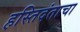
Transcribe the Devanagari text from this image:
हस्तिदंताचा